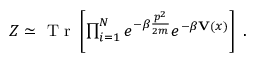
\begin{array} { r } { Z \simeq \mathrm { ~ T ~ r ~ } \left[ \prod _ { i = 1 } ^ { N } e ^ { - \beta \frac { p ^ { 2 } } { 2 m } } e ^ { - \beta { \bf { V } } ( x ) } \right] \mathrm { ~ . ~ } } \end{array}